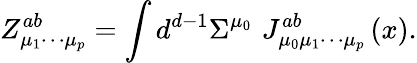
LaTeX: Z_{\mu_{1}\cdots\mu_{p}}^{ab}=\int d^{d-1}\Sigma^{\mu_{0}}\, \, J_{\mu_{0}\mu_{1}\cdots\mu_{p}}^{ab}\left(x\right).